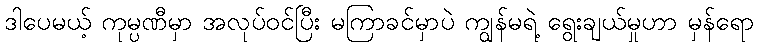
ဒါပေမယ့် ကုမ္ပဏီမှာ အလုပ်ဝင်ပြီး မကြာခင်မှာပဲ ကျွန်မရဲ့ ရွေးချယ်မှုဟာ မှန်ရော